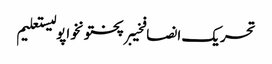
تحریک انصافخیبرپختونخواپولیستعلیم